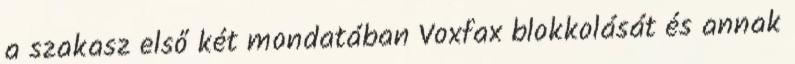
a szakasz első két mondatában Voxfax blokkolását és annak